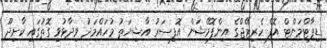
ޑިޕާޓްމަންޓް އޮފް ހެރިޓޭޖްގެ އިންފޮމޭޝަން އޮފިސަރު އާޝިޔަތު މުހައްމަދު ވިދާޅުވި ގޮތުގައި ކާށިދޫ